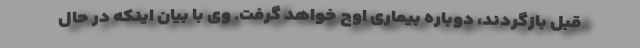
قبل بازگردند، دوباره بیماری اوج خواهد گرفت. وی با بیان اینکه در حال